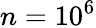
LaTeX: n=10^{6}